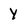
Character: y